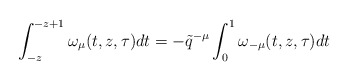
\begin{align*}\int_{-z}^{-z+1}\omega_\mu (t,z,\tau )dt=-\tilde q^{-\mu}\int_0^1\omega_{-\mu}(t,z,\tau)dt\end{align*}